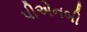
પીએનબી